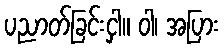
ပညာတ်ခြင်းငှါ။ ဝါ၊ အပြား